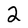
Character: 2